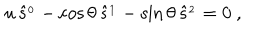
LaTeX: u \, \hat { s } ^ { _ 0 } - \cos \theta \, \hat { s } ^ { _ 1 } - \sin \theta \, \hat { s } ^ { _ 2 } = 0 \ ,